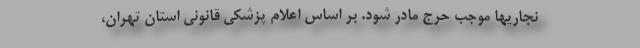
نجاریها موجب حرج مادر شود. بر اساس اعلام پزشکی قانونی استان تهران،